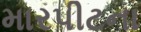
મારપીટના